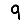
Digit: 9